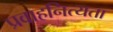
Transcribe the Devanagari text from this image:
प्रवाहनित्यता